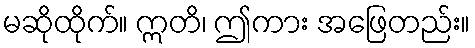
မဆိုထိုက်။ ဣတိ၊ ဤကား အဖြေတည်း။